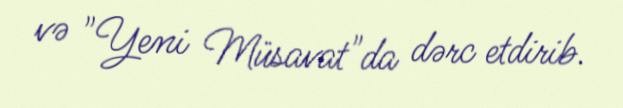
və "Yeni Müsavat"da dərc etdirib.